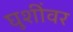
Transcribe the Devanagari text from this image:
घुशींवर